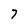
Character: 7